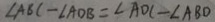
\angle A B C - \angle A D B = \angle A D C - \angle A B D